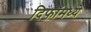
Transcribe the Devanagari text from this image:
दिफाँमध्ये